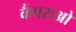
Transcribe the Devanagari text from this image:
कैंपसओ